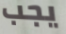
يجب